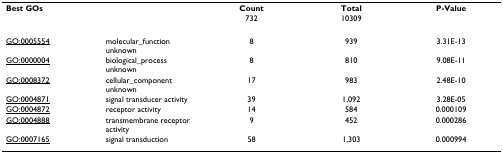
<table><thead><tr><td><b>Best GOs</b></td><td></td><td><b>Count</b></td><td><b>Total</b></td><td><b>P-Value</b></td></tr><tr><td></td><td></td><td><b>732</b></td><td><b>10309</b></td><td></td></tr></thead><tbody><tr><td><underline>GO:0005554</underline></td><td>molecular_function unknown</td><td>8</td><td>939</td><td>3.31E-13</td></tr><tr><td><underline>GO:0000004</underline></td><td>biological_process unknown</td><td>8</td><td>810</td><td>9.08E-11</td></tr><tr><td><underline>GO:0008372</underline></td><td>cellular_component unknown</td><td>17</td><td>983</td><td>2.48E-10</td></tr><tr><td><underline>GO:0004871</underline></td><td>signal transducer activity</td><td>39</td><td>1,092</td><td>3.28E-05</td></tr><tr><td><underline>GO:0004872</underline></td><td>receptor activity</td><td>14</td><td>584</td><td>0.000109</td></tr><tr><td><underline>GO:0004888</underline></td><td>transmembrane receptor activity</td><td>9</td><td>452</td><td>0.000286</td></tr><tr><td><underline>GO:0007165</underline></td><td>signal transduction</td><td>58</td><td>1,303</td><td>0.000994</td></tr></tbody></table>